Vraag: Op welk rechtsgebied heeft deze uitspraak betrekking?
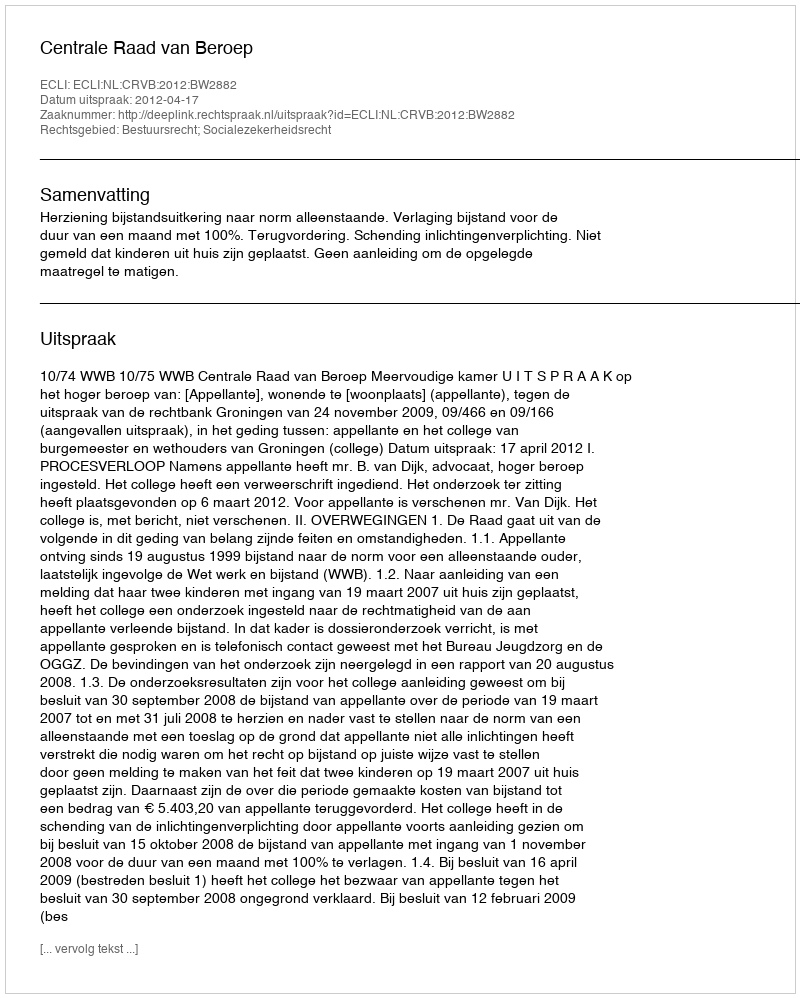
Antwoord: Bestuursrecht; Socialezekerheidsrecht